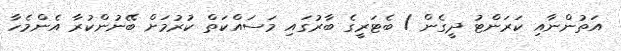
އަތުންނާއި ކަރަންޓު ދީގެން / ބެޓަރީގެ ބާރުގައި މަސައްކަތް ކުރުމަށް ބޭނުންކުރާ އެންމެހާ